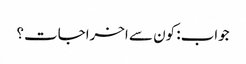
جواب: کون سے اخراجات؟